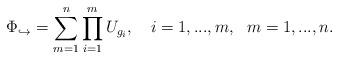
LaTeX: \begin{align*} \Phi_{\hookrightarrow} = \sum_{m=1}^n \prod_{i=1}^m U_{g_i}, ~~~ i=1,...,m, ~~m=1,...,n.\end{align*}